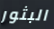
البثور